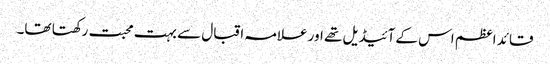
قائد اعظم اس کے آئیڈیل تھے اور علامہ اقبال سے بہت محبت رکھتا تھا۔